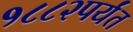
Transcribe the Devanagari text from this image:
१८८२पर्यंत